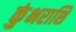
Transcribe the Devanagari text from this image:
कुंभराशि